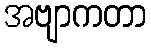
အဗျာကတာ